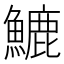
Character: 𩺮